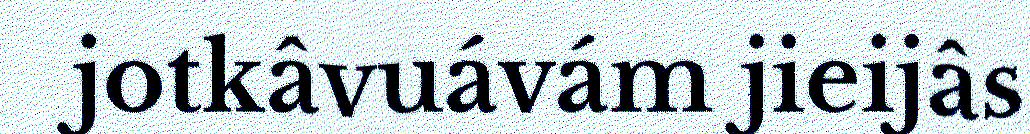
jotkâvuávám jieijâs